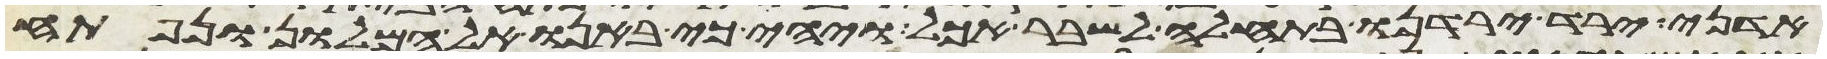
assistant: אדני ירד ירדנו בתחלה לשבר אכל ויהי כי באנו אל המלון ונפתח